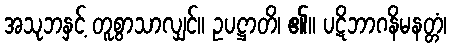
အသုဘနှင့် တူစွာသာလျှင်။ ဥပဋ္ဌာတိ၊ ၏။ ပဋိဘာဂနိမနတ္တံ၊